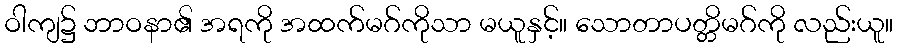
ဝါကျ၌ ဘာဝနာ၏ အရကို အထက်မဂ်ကိုသာ မယူနှင့်။ သောတာပတ္တိမဂ်ကို လည်းယူ။